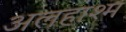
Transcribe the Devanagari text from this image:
अलहाश्म